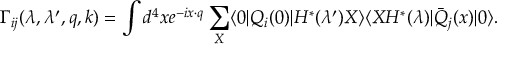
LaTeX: \Gamma _ { i j } ( \lambda , \lambda ^ { \prime } , q , k ) = \int d ^ { 4 } x e ^ { - i x \cdot q } \sum _ { X } \langle 0 \vert Q _ { i } ( 0 ) \vert H ^ { * } ( \lambda ^ { \prime } ) X \rangle \langle X H ^ { * } ( \lambda ) \vert \bar { Q } _ { j } ( x ) \vert 0 \rangle .